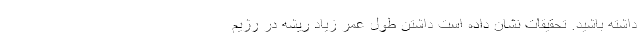
داشته باشید. تحقیقات نشان داده است داشتن طول عمر زیاد ریشه در رژیم